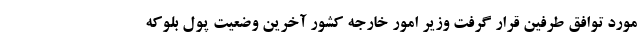
مورد توافق طرفین قرار گرفت وزیر امور خارجه کشور آخرین وضعیت پول بلوکه